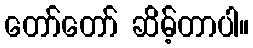
တော်တော် ဆိမ့်တာပါ။